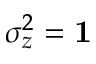
\sigma _ { z } ^ { 2 } = { \bf 1 }